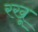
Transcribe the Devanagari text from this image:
रखू